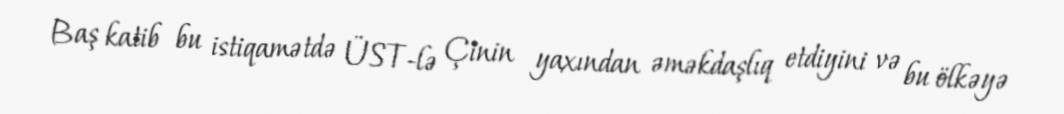
Baş katib bu istiqamətdə ÜST-lə Çinin yaxından əməkdaşlıq etdiyini və bu ölkəyə